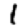
Digit: 1